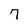
Character: 7